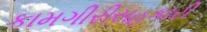
કામગીરીસહકારી